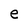
Character: e